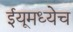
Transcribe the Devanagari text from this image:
ईयूमध्येच